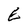
Character: E